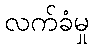
လက်ခံမှု